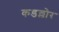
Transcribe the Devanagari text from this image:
कडल्लोर